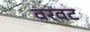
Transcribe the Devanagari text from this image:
वरवट